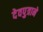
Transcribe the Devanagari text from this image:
देवपुत्राने